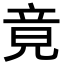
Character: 竟